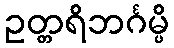
ဥတ္တရိဘင်္ဂမ္ပိ